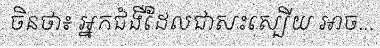
ចិនថា៖ អ្នកជំងឺដែលជាសះស្បើយ អាច...